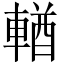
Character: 輶